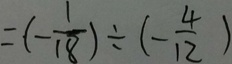
= ( - \frac { 1 } { 1 8 } ) \div ( - \frac { 4 } { 1 2 } )